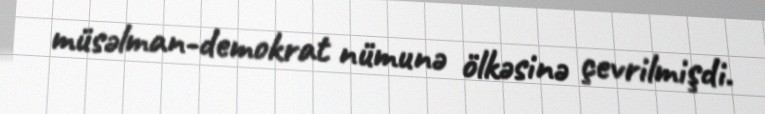
müsəlman-demokrat nümunə ölkəsinə çevrilmişdi.